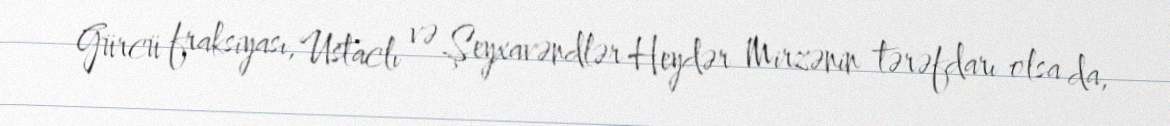
Gürcü fraksiyası, Ustaclı və Şeyxavəndlər Heydər Mirzənin tərəfdarı olsa da,